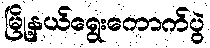
မြို့နယ်ရွေးကောက်ပွဲ